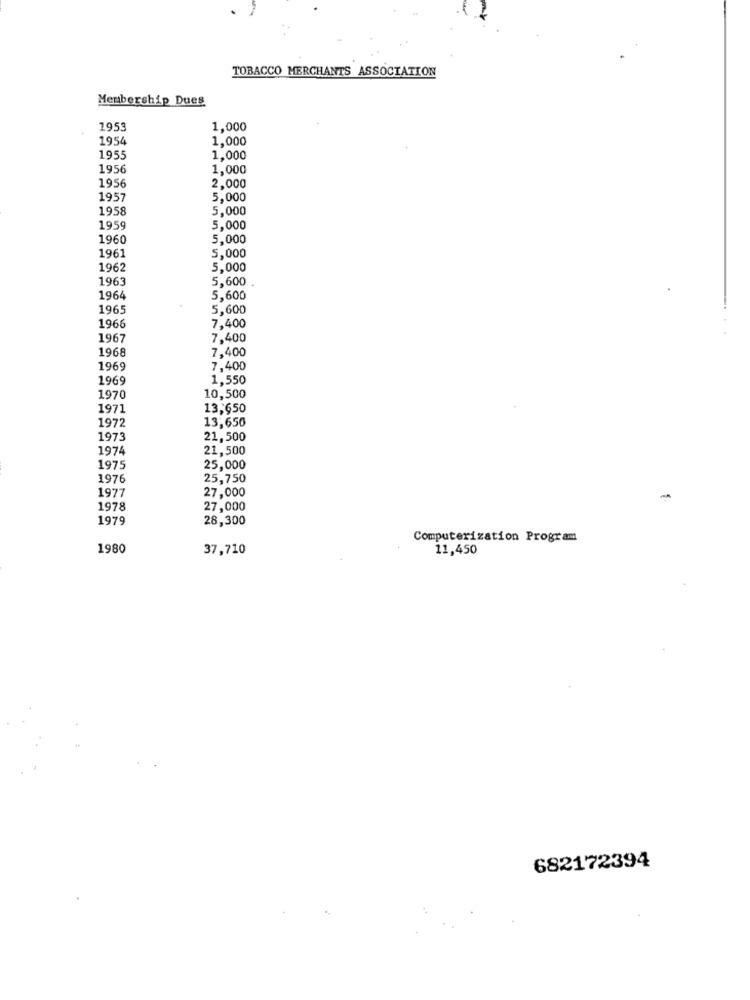
TOBACCO MERCHANTS ASSOCIATION
Membership Dues
1953
1.000
1954
1.000
1955
1.000
1956
1,000
1956
2.000
1957
5,000
1958
5,000
1959
5,000
1960
5,000
1961
5,000
1962
5.000
1963
5,600
1964
5,600
1965
5,600
1966
7,400
1967
7,400
1968
7,400
1969
7,400
1969
1.550
1970
10,500
1971
13,650
1972
13,650
1973
21,500
1974
21,500
1975
25,000
1976
25,750
27,000
1977
-
1978
27,000
1979
28,300
Computerization Program
1980
37,710
11,450
682172394